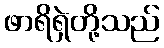
ဖာရိရှဲတို့သည်